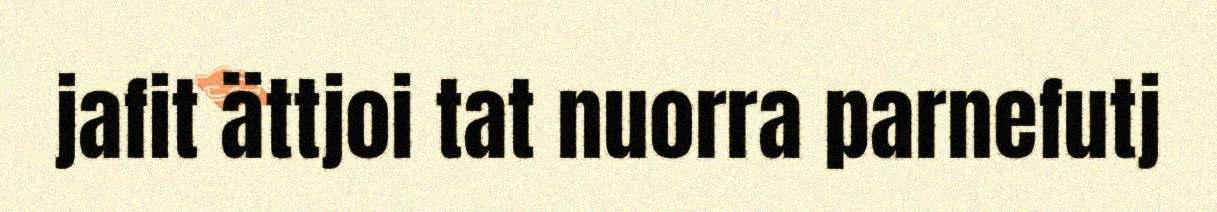
jafit ättjoi tat nuorra parnefutj